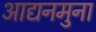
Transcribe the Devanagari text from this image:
आद्यनमुना